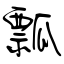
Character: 瓢